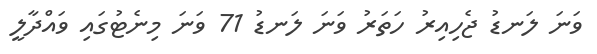
ވަނަ ލަނޑު ޖެހިއިރު ހަތަރު ވަނަ ލަނޑު 71 ވަނަ މިނެޓުގައި ވައްދާލީ